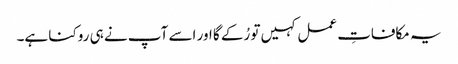
یہ مکافاتِ عمل کہیں تو رُکے گا اور اسے آپ نے ہی روکنا ہے۔